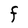
Character: F